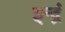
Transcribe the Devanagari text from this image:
इन्द्रं